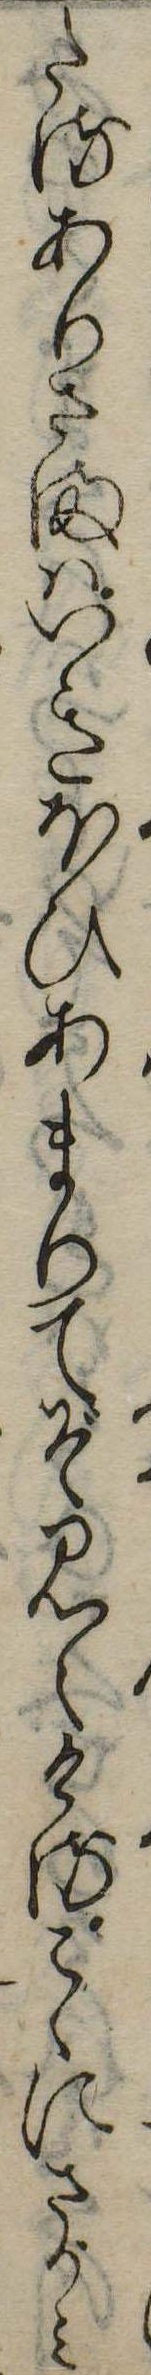
たるありさまはいきほひあまりてぞ見えけるこゝにさがみ